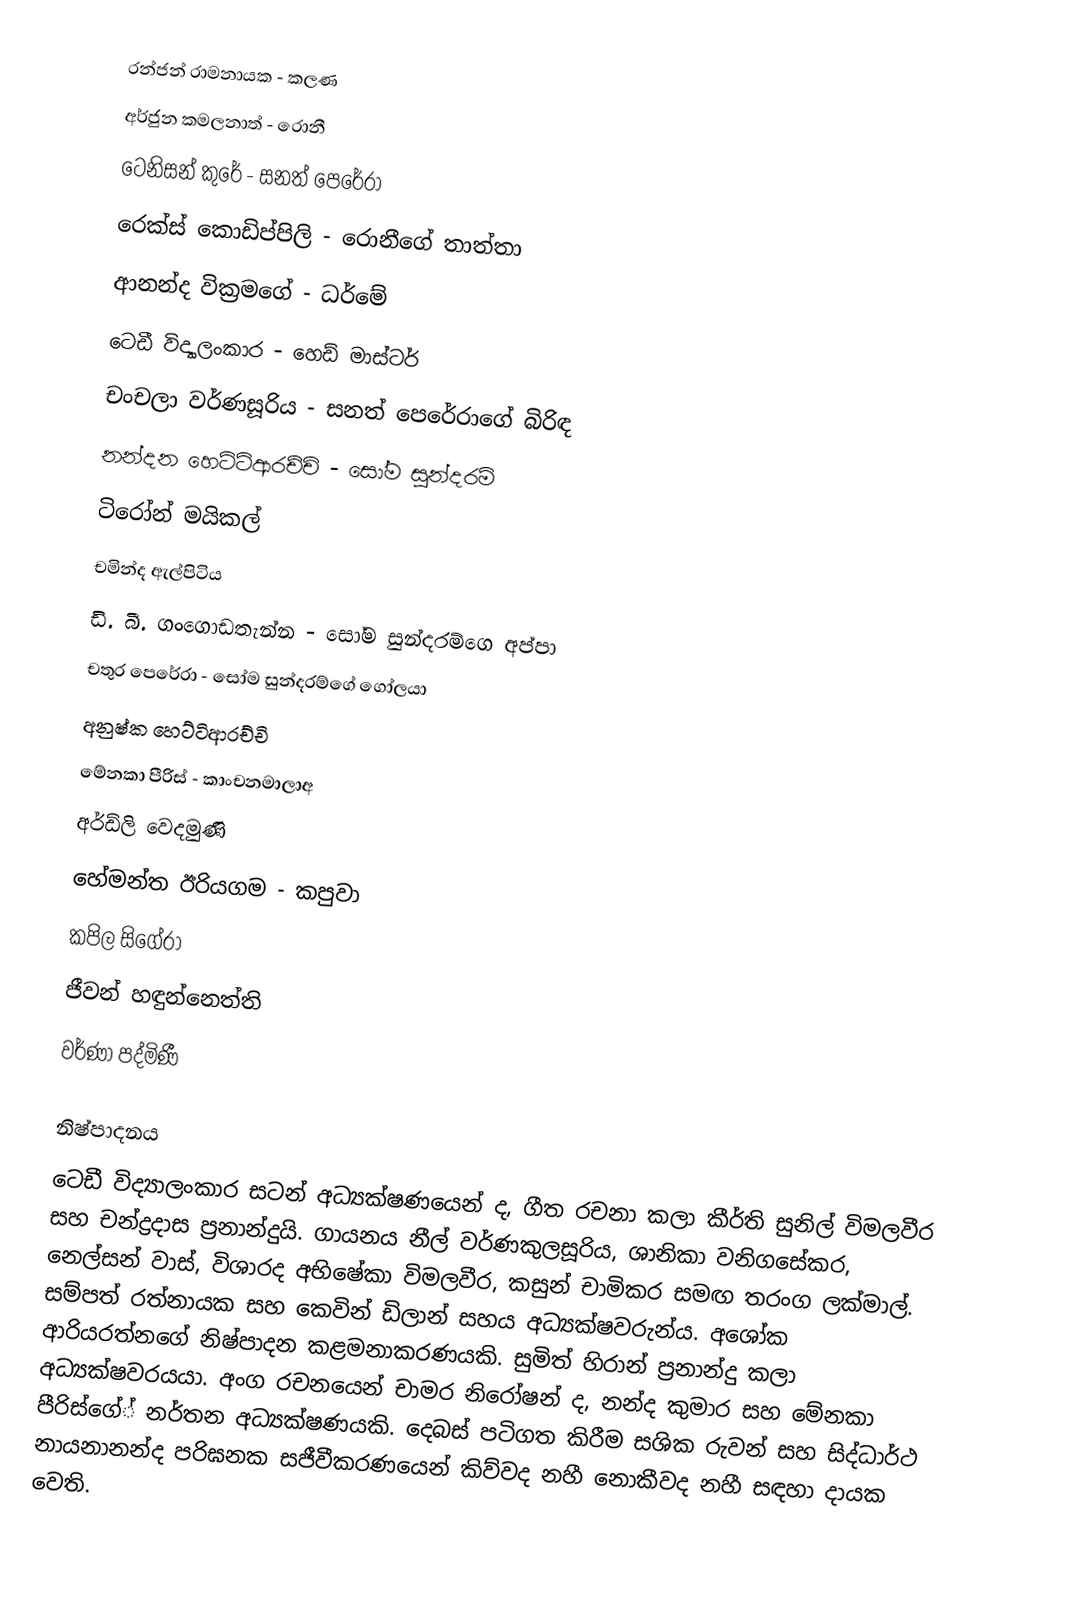
රන්ජන් රාමනායක - කලණ
අර්ජුන කමලනාත් - රොනී
ටෙනිසන් කුරේ - සනත් පෙරේරා
රෙක්ස් කොඩිප්පිලි - රොනීගේ තාත්තා
ආනන්ද වික්‍රමගේ - ධර්මේ
ටෙඩී විද්‍යාලංකාර - හෙඩ් මාස්ටර්
චංචලා වර්ණසූරිය - සනත් පෙරේරාගේ බිරිඳ
නන්දන හෙට්ටිආරච්චි - සෝම සුන්දරම්
ටිරෝන් මයිකල්
චමින්ද ඇල්පිටිය
ඩි. බී. ගංගොඩතැන්න - සෝම සුන්දරම්ගෙ අප්පා
චතුර පෙරේරා - සෝම සුන්දරම්ගේ ගෝලයා
අනුෂ්ක හෙට්ටිආරච්චි
මේනකා පීරිස් - කාංචනමාලාඅ
අර්ඩ්ලි වෙදමුණි
හේමන්ත ඊරියගම - කපුවා
කපිල සිගේරා
ජීවන් හඳුන්නෙත්ති
වර්ණා පද්මිණී

නිෂ්පාදනය
ටෙඩී විද්‍යාලංකාර සටන් අධ්‍යක්ෂණයෙන් ද, ගීත රචනා කලා කීර්ති සුනිල් විමලවීර සහ චන්ද්‍රදාස ප්‍රනාන්දුයි. ගායනය නීල් වර්ණකුලසූරිය, ශානිකා වනිගසේකර, නෙල්සන් වාස්, විශාරද අභිෂේකා විමලවීර, කසුන් චාමිකර සමඟ තරංග ලක්මාල්. සම්පත් රත්නායක සහ කෙවින් ඩිලාන් සහය අධ්‍යක්ෂවරුන්ය. අශෝක ආරියරත්නගේ නිෂ්පාදන කළමනාකරණයකි. සුමිත් හිරාන් ප්‍රනාන්දු කලා අධ්‍යක්ෂවරයයා. අංග රචනයෙන් චාමර නිරෝෂන් ද, නන්ද කුමාර සහ මේනකා පීරිස්ගේ් නර්තන අධ්‍යක්ෂණයකි. දෙබස් පටිගත කිරීම සශික රුවන් සහ සිද්ධාර්ථ නායනානන්ද පරිඝනක සජීවීකරණයෙන් කිව්වද නහී නොකීවද නහී සඳහා දායක වෙති.